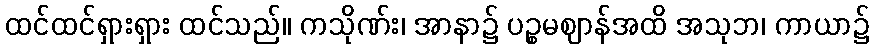
ထင်ထင်ရှားရှား ထင်သည်။ ကသိုဏ်း၊ အာနာ၌ ပဉ္စမဈာန်အထိ အသုဘ၊ ကာယာ၌